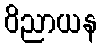
ဝိညာယန